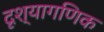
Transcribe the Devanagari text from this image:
दृश्यागणिक